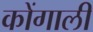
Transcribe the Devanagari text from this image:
कोंगाली